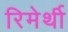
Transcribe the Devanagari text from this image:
रिमेर्थी